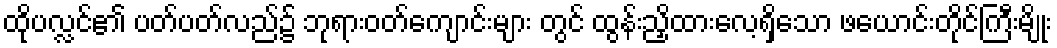
ထိုပလ္လင်၏ ပတ်ပတ်လည်၌ ဘုရားဝတ်ကျောင်းများ တွင် ထွန်းညှိထားလေ့ရှိသော ဖယောင်းတိုင်ကြီးမျိုး